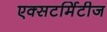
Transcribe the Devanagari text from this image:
एक्सटर्मिटीज